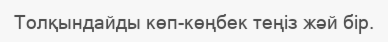
Толқындайды көп-көңбек теңіз жәй бір.